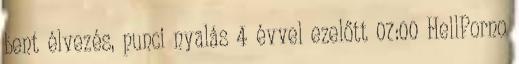
bent élvezés, punci nyalás 4 évvel ezelőtt 07:00 HellPorno